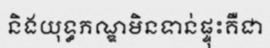
និងយុទ្ធភណ្ឌមិនទាន់ផ្ទុះគឺជា